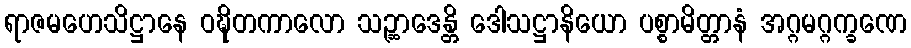
ရာဇမဟေသိဋ္ဌာနေ ဝဍ္ဎိတကာလော သဉ္ဆာဒေန္တိ ဒေါသဋ္ဌာနိယော ပစ္စာမိတ္တာနံ အဂ္ဂမဂ္ဂက္ခဏေ